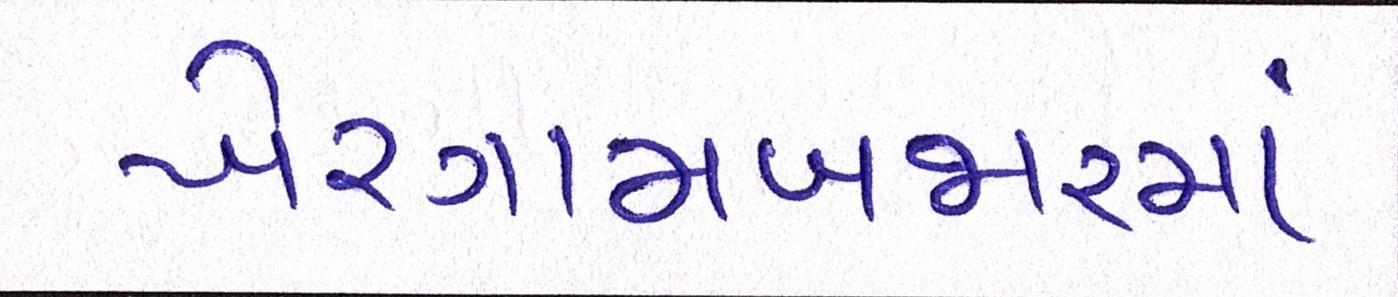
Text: ખેરગામબજારમાં